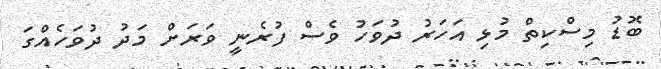
ބޮޑު މިސްކިތް މުޅި އަހަރު ދުވަހު ވެސް ފުރެނީ ވަރަށް މަދު ދުވަހެއްގަ